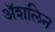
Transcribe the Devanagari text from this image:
अॅशलिन